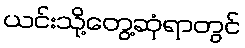
ယင်းသို့တွေ့ဆုံရာတွင်